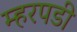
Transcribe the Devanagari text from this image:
म्हरपडी